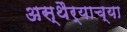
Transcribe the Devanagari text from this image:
अस्थैर्याच्या